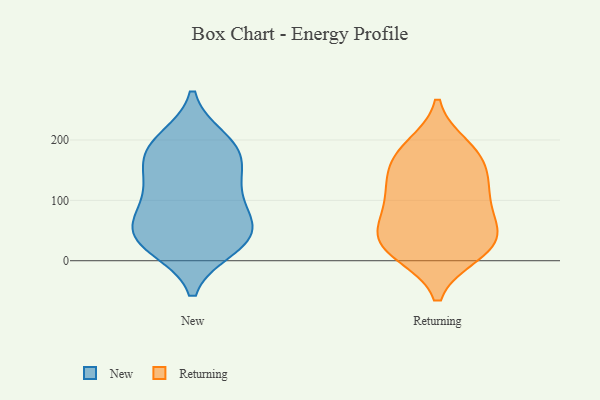
{"axis": {"x": "Net Income (USD K)", "y": "Value"}, "legend": ["New", "Returning"], "data": [{"x": "", "y": 79, "type": "New"}, {"x": "", "y": 47, "type": "New"}, {"x": "", "y": 115, "type": "New"}, {"x": "", "y": 71, "type": "New"}, {"x": "", "y": 38, "type": "New"}, {"x": "", "y": 181, "type": "New"}, {"x": "", "y": 199, "type": "New"}, {"x": "", "y": 44, "type": "New"}, {"x": "", "y": 23, "type": "New"}, {"x": "", "y": 124, "type": "New"}, {"x": "", "y": 28, "type": "New"}, {"x": "", "y": 182, "type": "New"}, {"x": "", "y": 184, "type": "New"}, {"x": "", "y": 144, "type": "New"}, {"x": "", "y": 32, "type": "Returning"}, {"x": "", "y": 188, "type": "Returning"}, {"x": "", "y": 170, "type": "Returning"}, {"x": "", "y": 98, "type": "Returning"}, {"x": "", "y": 82, "type": "Returning"}, {"x": "", "y": 151, "type": "Returning"}, {"x": "", "y": 122, "type": "Returning"}, {"x": "", "y": 14, "type": "Returning"}, {"x": "", "y": 29, "type": "Returning"}, {"x": "", "y": 178, "type": "Returning"}, {"x": "", "y": 50, "type": "Returning"}, {"x": "", "y": 13, "type": "Returning"}, {"x": "", "y": 117, "type": "Returning"}, {"x": "", "y": 46, "type": "Returning"}]}